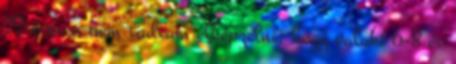
22 évesen nem tudtam elképzelni, hogy valaki 6-8 év